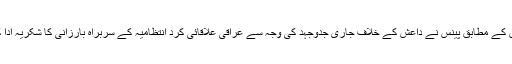
بیان کے مطابق پینس نے داعش کے خلاف جاری جدوجہد کی وجہ سے عراقی علاقائی کرد انتظامیہ کے سربراہ بارزانی کا شکریہ ادا کیا۔